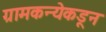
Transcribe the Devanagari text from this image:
ग्रामकन्येकडून